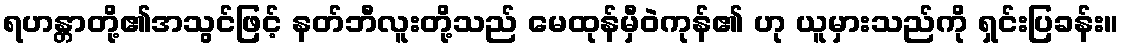
ရဟန္တာတို့၏အသွင်ဖြင့် နတ်ဘီလူးတို့သည် မေထုန်မှီဝဲကုန်၏ ဟု ယူမှားသည်ကို ရှင်းပြခန်း။